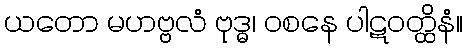
ယတော မဟဗ္ဗလံ ဗုဒ္ဓ၊ ဝစနေ ပါဋဝတ္ထိနံ။